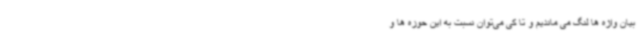
بیان واژه ها لنگ می ماندیم و تا کی می‌توان نسبت به این حوزه ها و